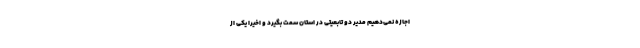
اجازه نمی‌دهیم مدیر دو تابعیتی در استان سمت بگیرد و اخیرا یکی از